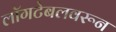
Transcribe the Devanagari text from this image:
लॉगटेबलवरून